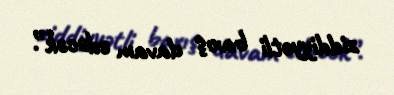
ziddiyyətli baxış davam edəcək”.